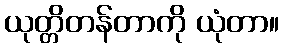
ယုတ္တိတန်တာကို ယုံတာ။